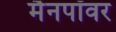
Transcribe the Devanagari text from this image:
मैनपॉवर